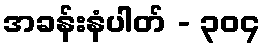
အခန်းနံပါတ် - ၃၀၄